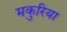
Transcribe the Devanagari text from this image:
मकुरिया